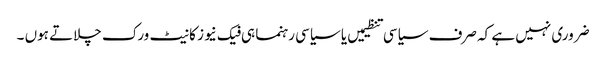
ضروری نہیں ہے کہ صرف سیاسی تنظیمیں یا سیاسی رہنما ہی فیک نیوز کا نیٹ ورک چلاتے ہوں ۔